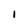
Character: I